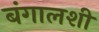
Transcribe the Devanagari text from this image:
बंगालशी